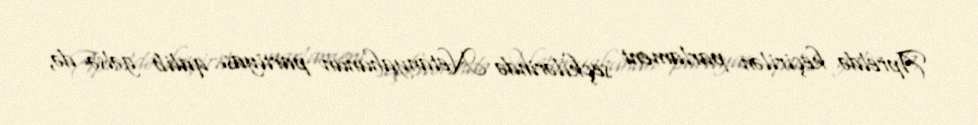
Apreldə keçirilən parlament seçkilərində Netanyahunun partiyası qalib gəlsə də,